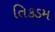
તિકડમ